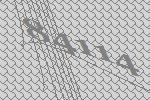
84114